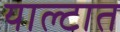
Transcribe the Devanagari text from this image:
याल्टात